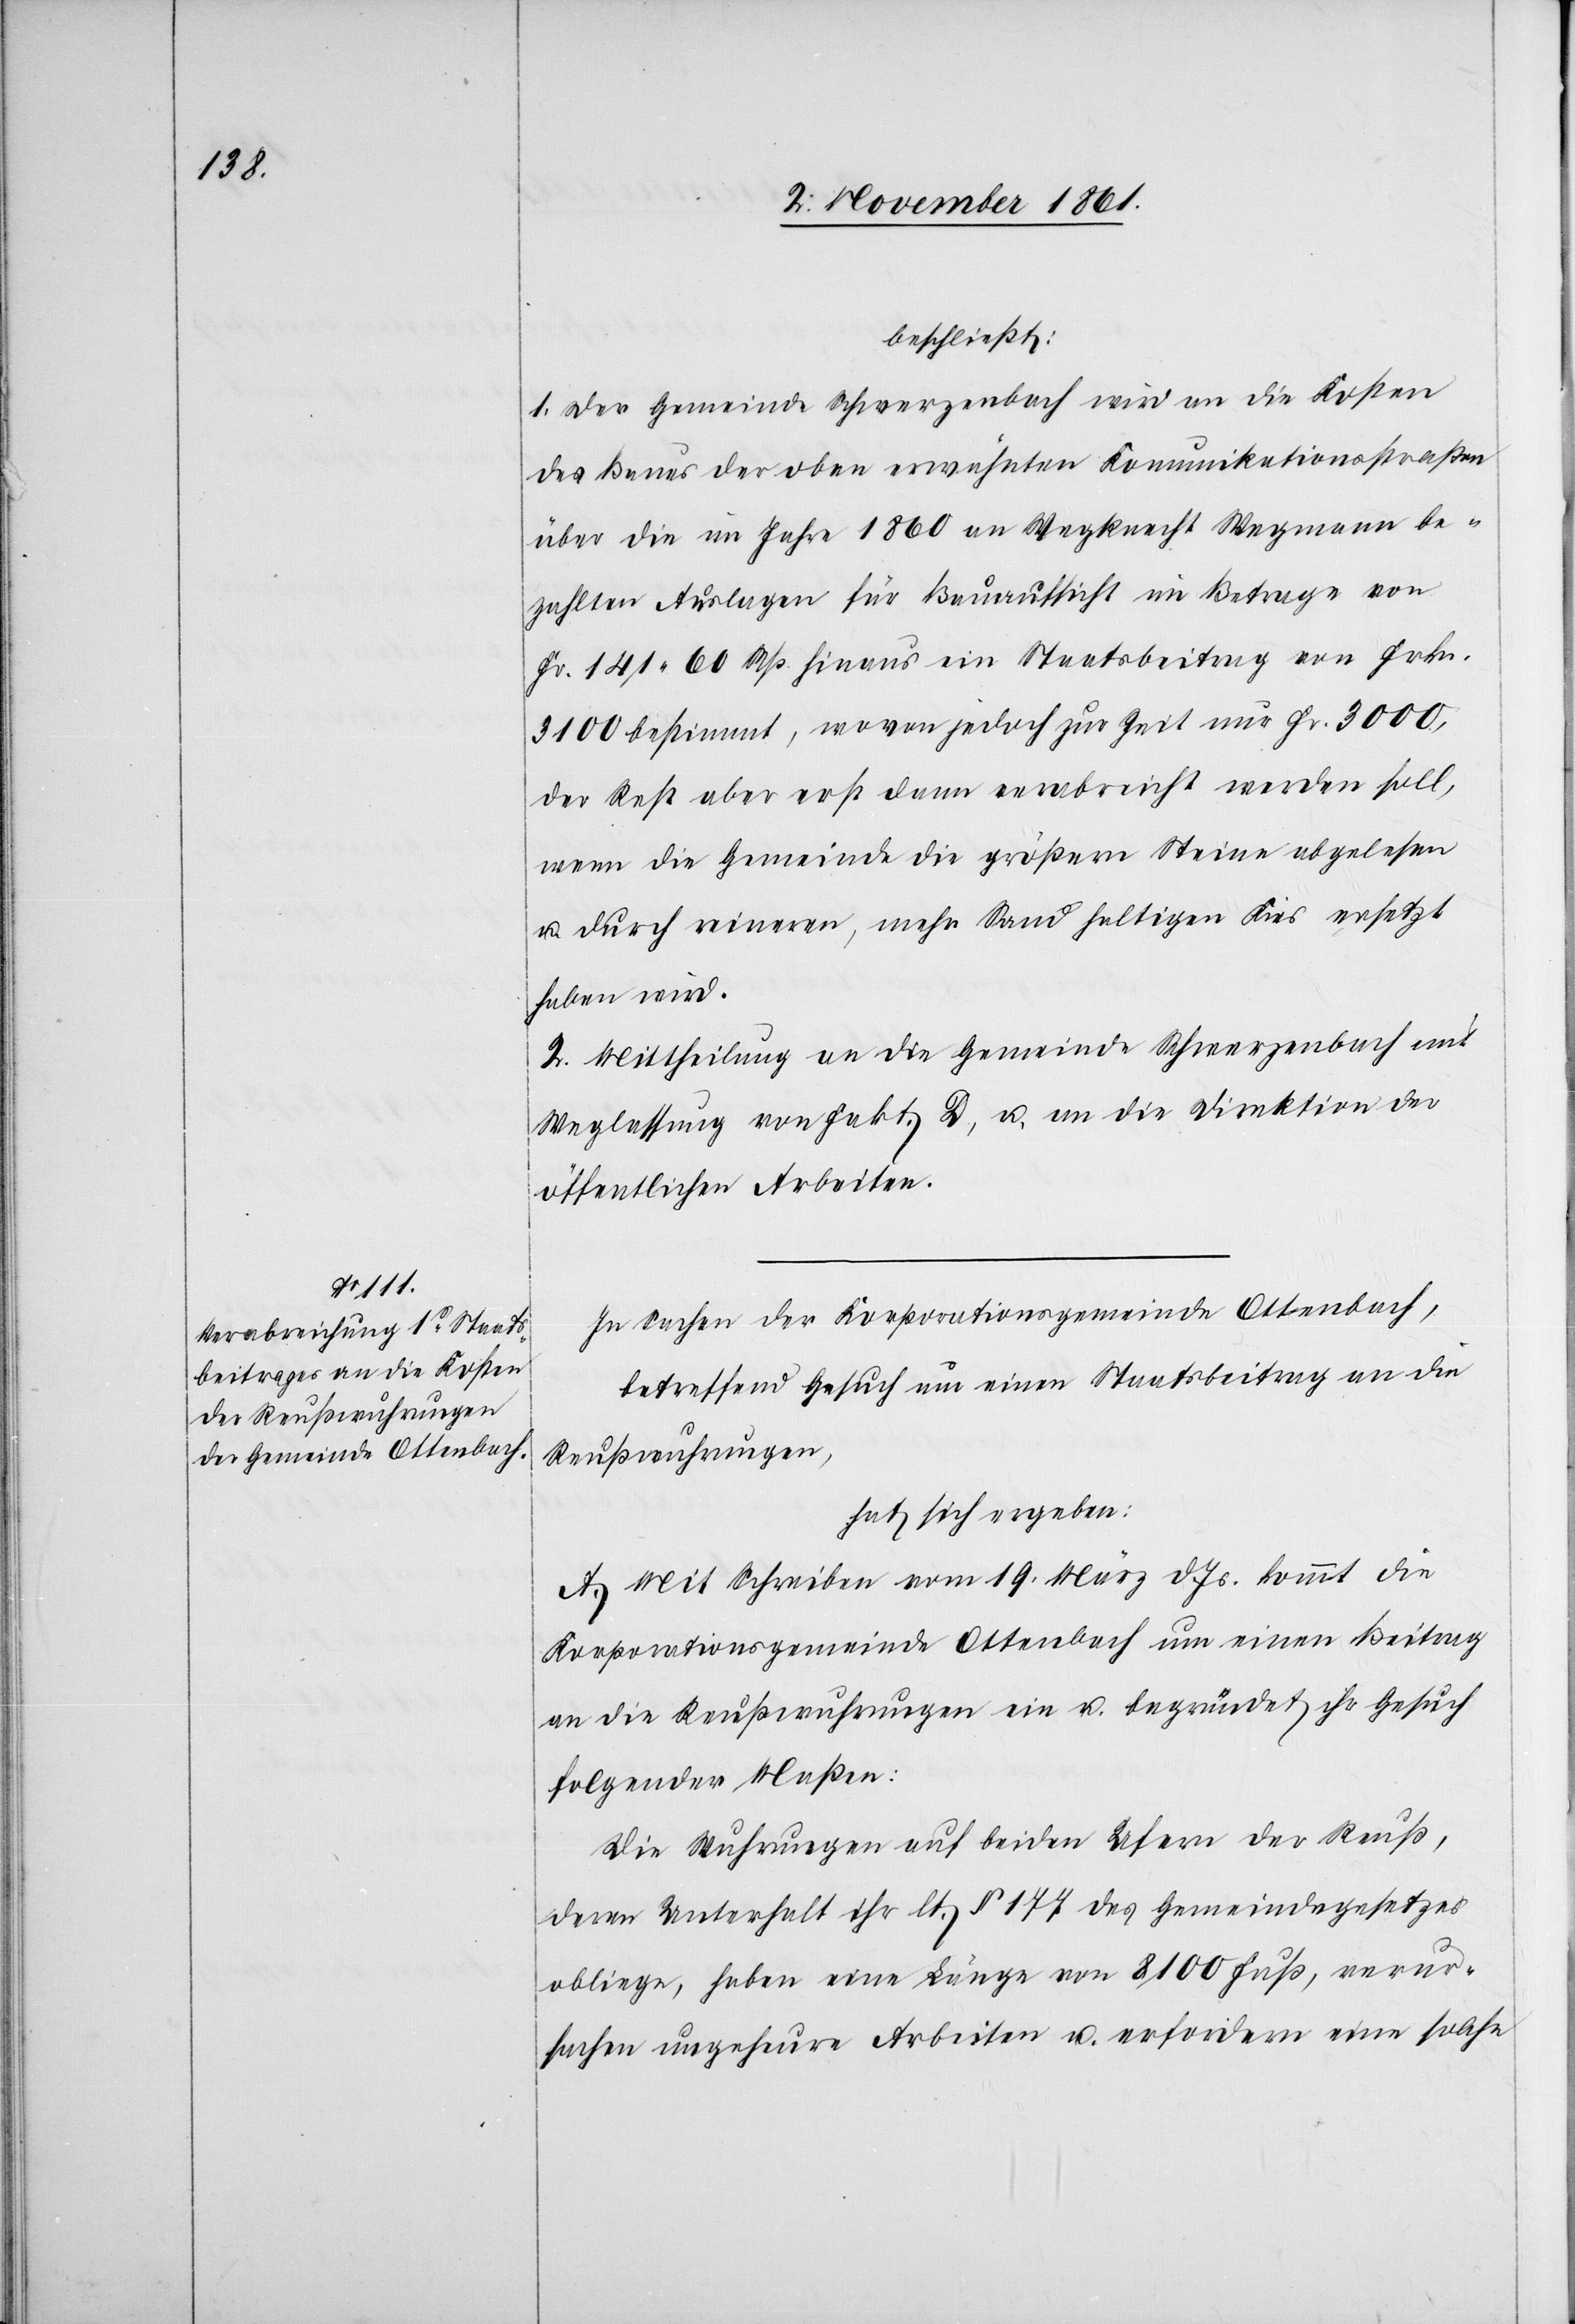
beschließt:
1. Der Gemeinde Schwerzenbach wird an die Kosten
des Baues der oben erwähnten Kommunikationsstraßen
über die im Jahre 1860 an Wegknecht Wegmann be¬
zahlten Auslagen für Bauaufsicht im Betrage von
Fr. 141. 60 Rp. hinaus ein Staatsbeitrag von Frkn.
3100 bestimmt, wovon jedoch zur Zeit nur Fr. 3000,
der Rest aber erst dann verabreicht werden soll,
wenn die Gemeinde die größern Steine abgelesen
u. durch reineren, mehr Sand haltigen Kies ersetzt
haben wird.
2. Mittheilung an die Gemeinde Schwerzenbach mit
Weglassung von Fakt. D, u. an die Direktion der
öffentlichen Arbeiten.
In Sachen der Korporationsgemeinde Ottenbach,
betreffend Gesuch um einen Staatsbeitrag an die
Reußwuhrungen,
hat sich ergeben:
A. Mit Schreiben vom 19 März d. Js. kommt die
Korporationsgemeinde Ottenbach um einen Beitrag
an die Reußwuhrungen ein u. begründet ihr Gesuch
folgender Maßen:
Die Wuhrungen auf beiden Ufern der Reuß,
deren Unterhalt ihr lt. § 177 des Gemeindegesetzes
obliege, haben eine Länge von 8100 Fuß, verur¬
sachen ungeheure Arbeiten u. erfordern eine solche